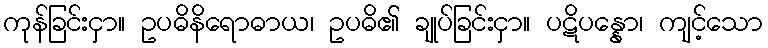
ကုန်ခြင်းငှာ။ ဥပဓိနိရောဓာယ၊ ဥပဓိ၏ ချုပ်ခြင်းငှာ။ ပဋိပန္နော၊ ကျင့်သော